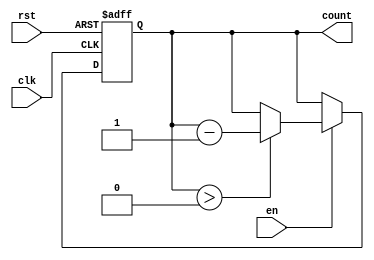
module binary_down_counter (
    input wire clk,       // Clock input
    input wire rst,       // Asynchronous reset
    input wire en,        // Enable signal
    output reg [3:0] count // 4-bit count output
);

// Define the maximum value for the counter (15 in this case)
parameter MAX_COUNT = 4'b1111;

always @(posedge clk or posedge rst) begin
    if (rst) begin
        // Reset the counter to the maximum value upon reset
        count <= MAX_COUNT;
    end else if (en) begin
        if (count > 0) begin
            // Decrement the counter as long as it's greater than zero
            count <= count - 1;
        end
        // If the count reaches zero, it can optionally wrap around based on your requirements.
        // Uncomment the following line to enable wrap-around behavior:
        // else count <= MAX_COUNT; // Uncomment for wrap-around from 0 to MAX_COUNT
    end
end

endmodule